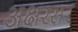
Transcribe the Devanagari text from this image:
अक्षरसर